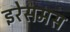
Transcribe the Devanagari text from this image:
इरेसमस